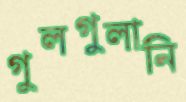
গুলগুলানি